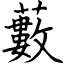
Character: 藪